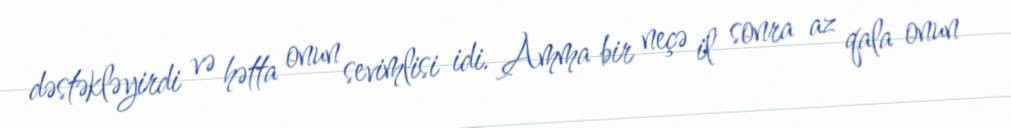
dəstəkləyirdi və hətta onun sevimlisi idi. Amma bir neçə il sonra az qala onun